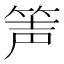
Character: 𥭺